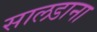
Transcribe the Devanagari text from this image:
सालडाना